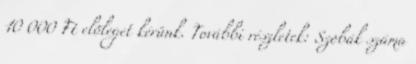
10 000 Ft elõleget kérünk. További részletek: Szobák száma